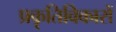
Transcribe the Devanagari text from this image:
प्रकृतिविकारों